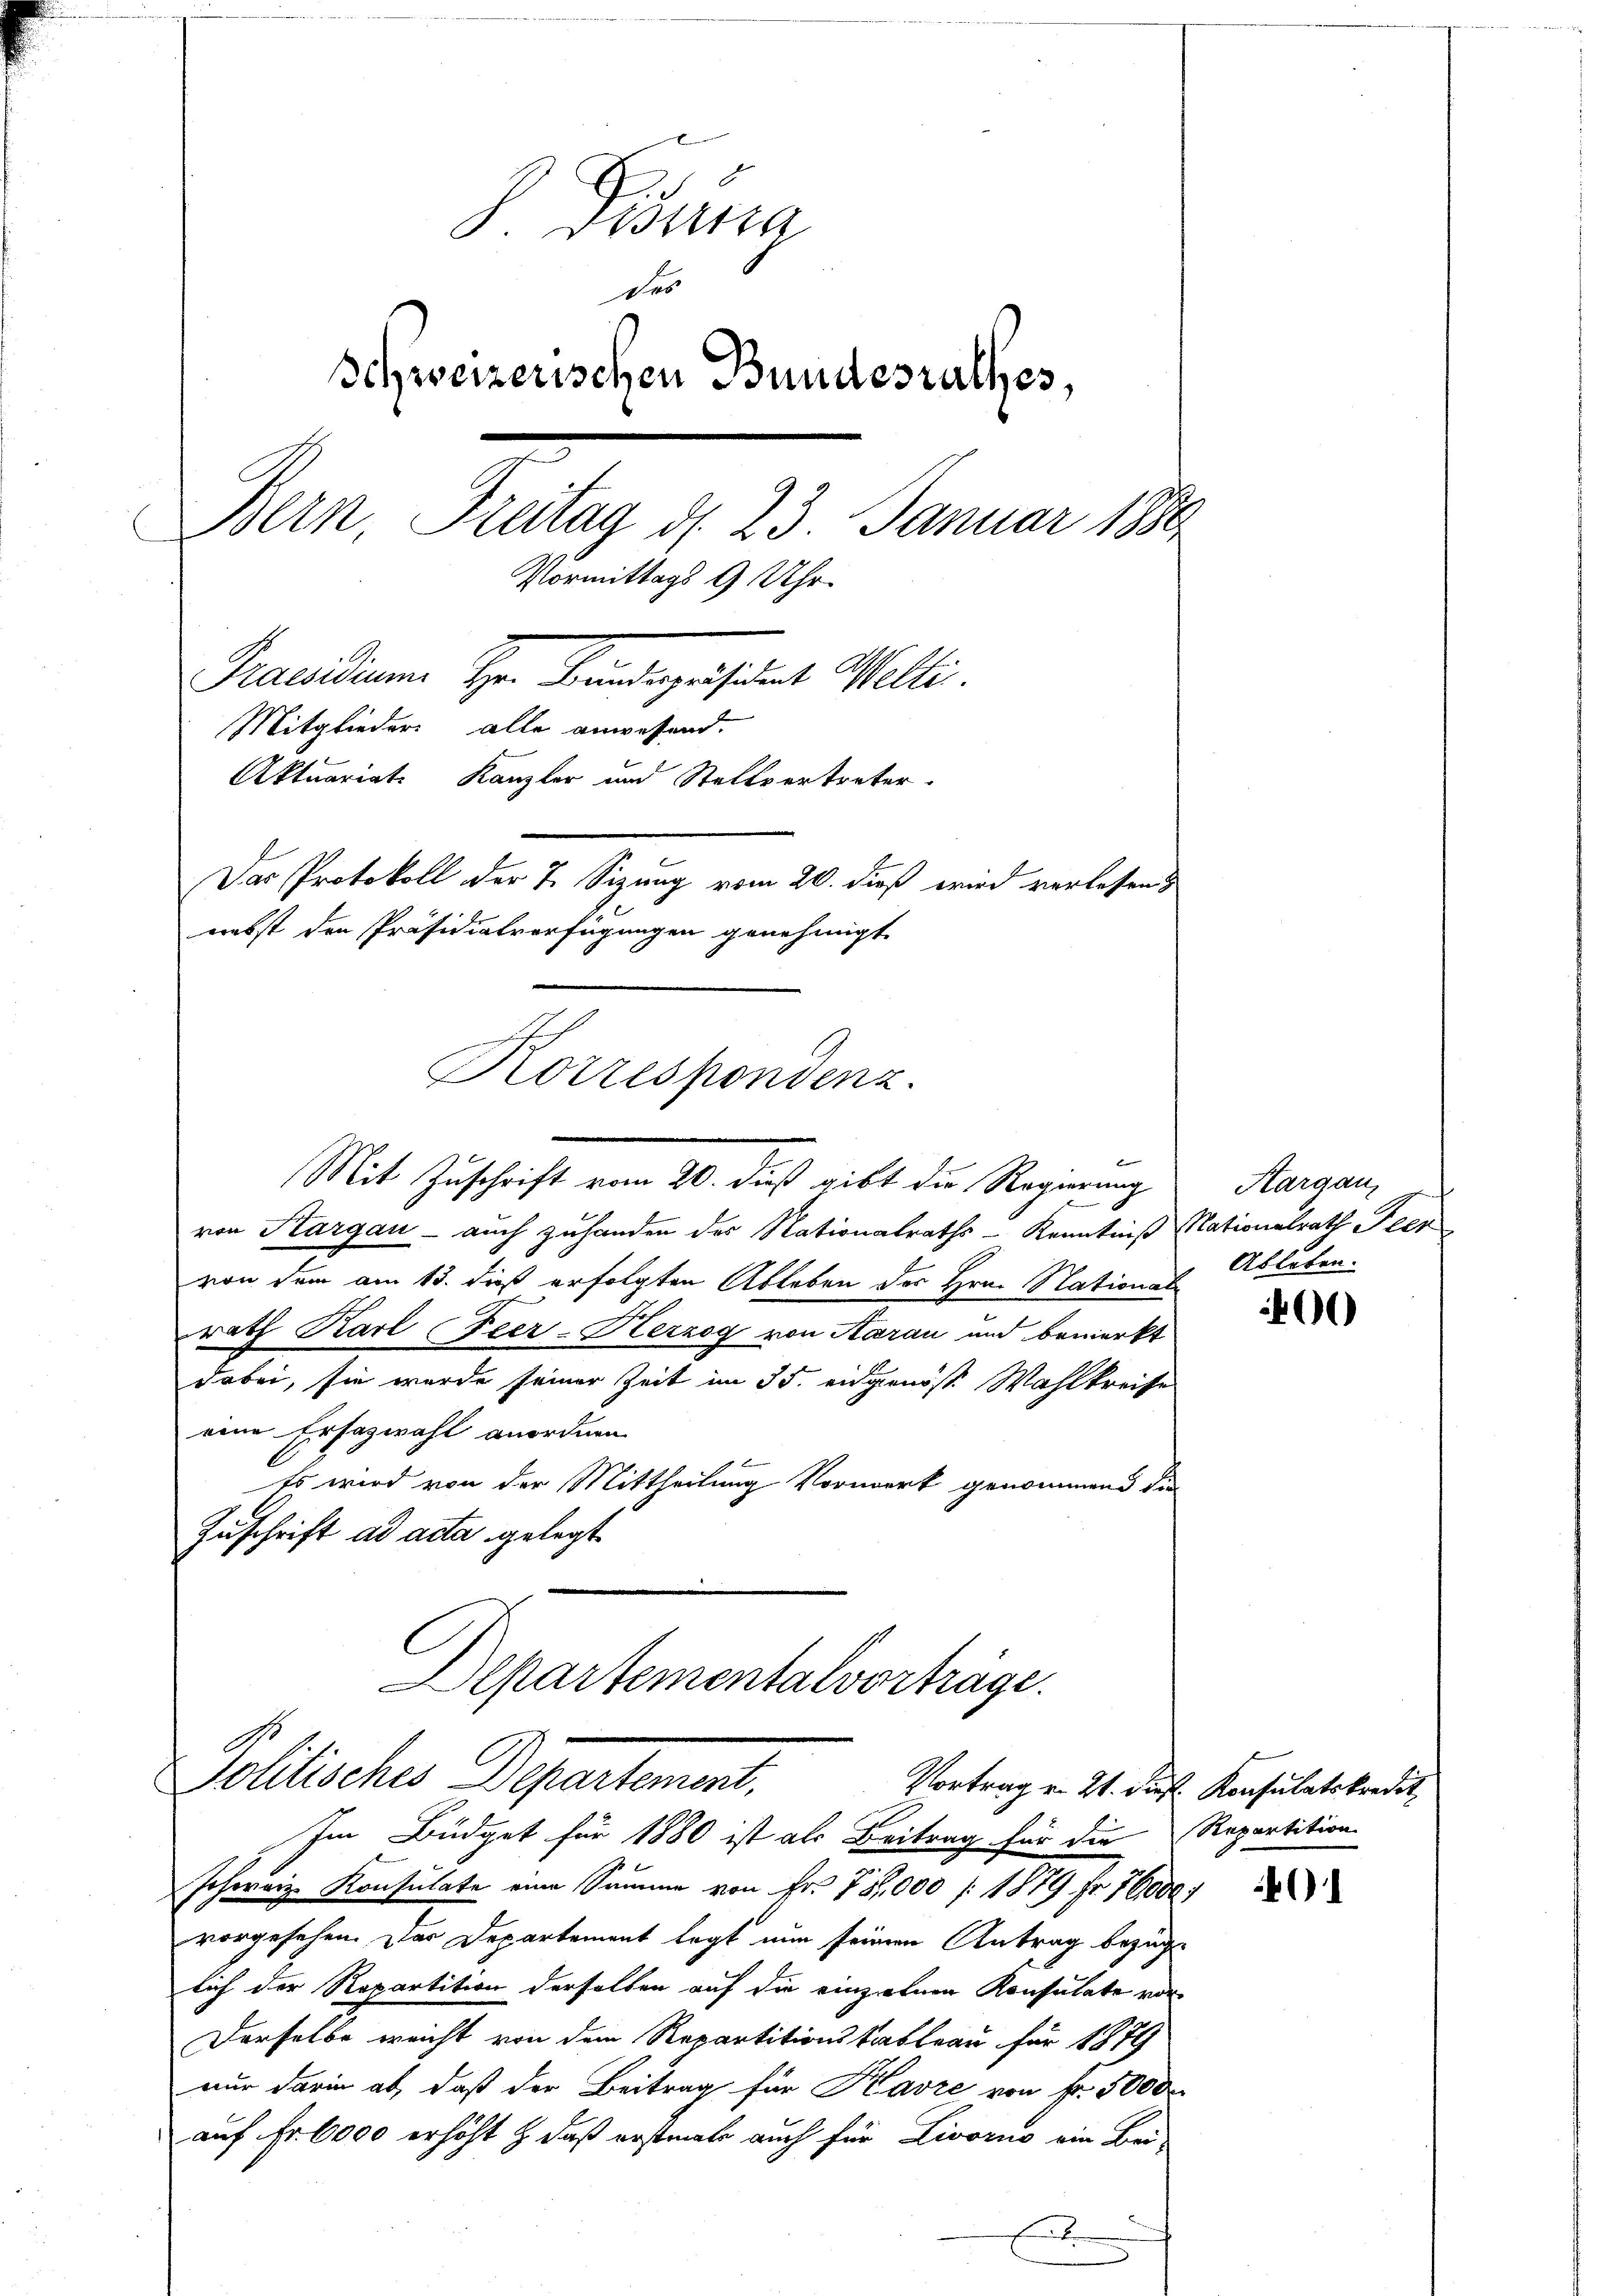
S. Dana
des
Schweizerischen Bundesrathes,
Bern, Freitag d. 23. Januar 1880
Vormittags 9 Uhr.
Pacidium Sr. Kundeigensamt Melli
Mitglieder alle anwesend.
Aktuariats Kanzler und Stellvertreter.
Das Protokoll der 7. Sizung vom 20. dieß wird verlassen
nebst den Präsidialverfügungen genehmigt.
Korrespondenz.

von Sargau - auch zuhanden des Nationalraths-Kenntniß Nationalrath Peer
von dem am 13. dieß erfolgten Ableben des Hrn. Nationalrath Karl Feer- Herzog von Aarau und bemerkt
dabei, sie wurde seiner Zeit im 35. eidgenöst. Wahlkreife
eine Ersazwahl anordnen
Es wird von der Mittheilung Vorwerk genommend die
Zuschrift ad acta gelegt

2
Mit Zuschrift vom 20. dieß gibt die Regierung

Departementalvorträge.
Pollisches Departement.

Im Büdget für 1880 ist als Beitrag für die Repartition
schweiz. Konsulate eine Summe von Fr. 75,000 / 1879 Fr. 16,000 f
vorgesehen. Das Departement legt nun seinen Antrag bezüg
lich der Repartition derselben auf die einzelnen Konsulate vor¬
Derselbe ereicht von dem Repartitionskableau für 1879
nur darin ab, daß der Beitrag für Kavre von Fr. 5000
auf Fr. 6000 erhöht & daß erstmals auch für Livorno ein Bei-
f
e

Aargau,
Ableben.

0

Vortrag v. 21. dieß Konsulatskredit